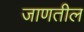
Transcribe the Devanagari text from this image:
जाणतील